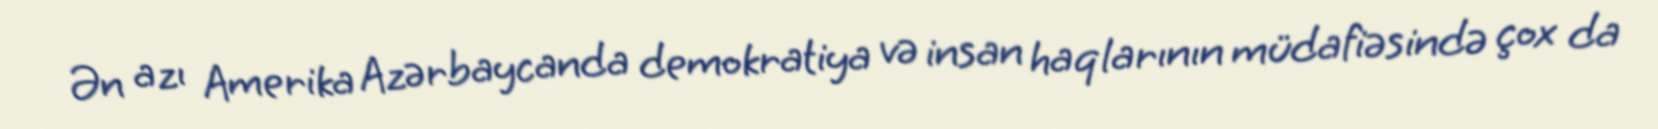
Ən azı Amerika Azərbaycanda demokratiya və insan haqlarının müdafiəsində çox da